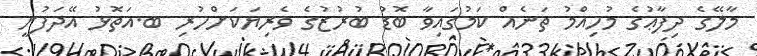
މާލޭގެ ދިފާޢުގެ މުހިއްމު ތަނެއް ކަމުގައިވާ ބޮޑު ބުރުޒުގެ ވެރިޔަކަށްހުރި ބ.އަތޮޅު އޭދަފުށީ